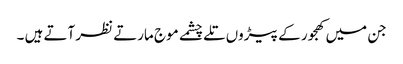
جن میں کھجور کے پیڑوں تلے چشمے موج مارتے نظر آتے ہیں ۔